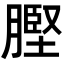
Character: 𮌲